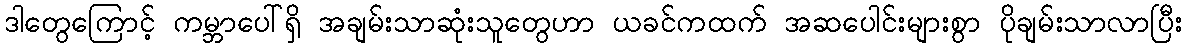
ဒါတွေကြောင့် ကမ္ဘာပေါ်ရှိ အချမ်းသာဆုံးသူတွေဟာ ယခင်ကထက် အဆပေါင်းများစွာ ပိုချမ်းသာလာပြီး